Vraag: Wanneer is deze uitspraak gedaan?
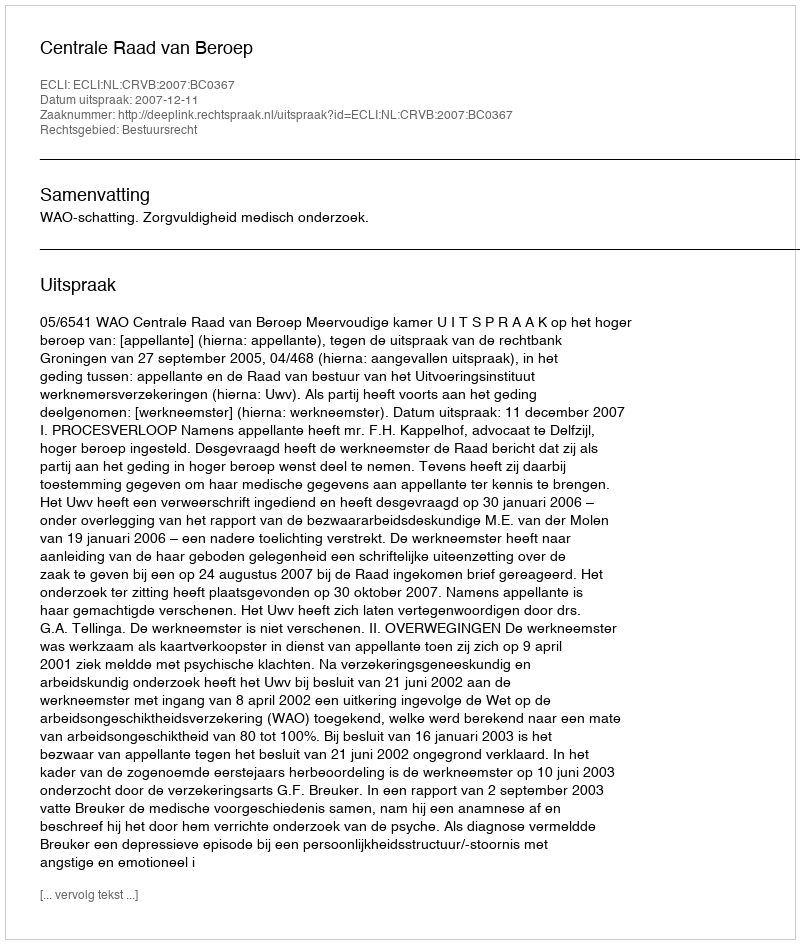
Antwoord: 2007-12-11